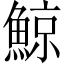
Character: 鯨